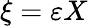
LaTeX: \xi=\varepsilon X